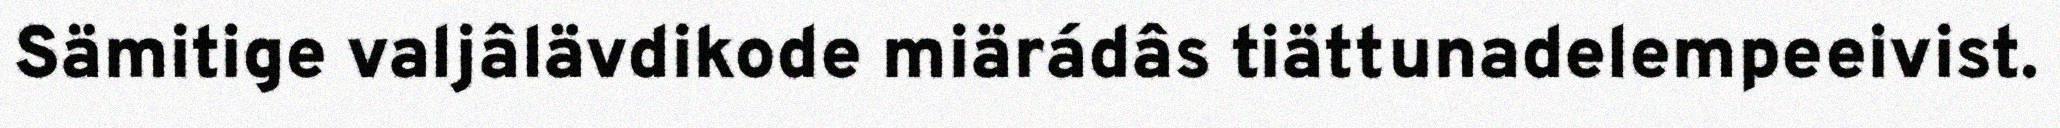
Sämitige valjâlävdikode miärádâs tiättunadelempeeivist.